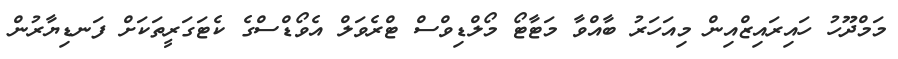
މަމްދޫހު ހައިރައިޒްއިން މިއަހަރު ބާއްވާ މަޓާޓޯ މޯލްޑިވްސް ޓްރެވަލް އެވޯޑްސްގެ ކެޓަގަރީތަކަށް ފަނޑިޔާރުން